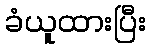
ခံယူထားပြီး